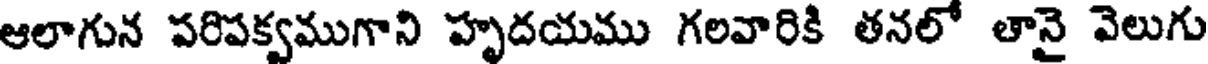
ఆలాగున పరిపక్వముగాని హృదయము గలవారికి తనలో తానై వెలుగు